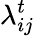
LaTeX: \lambda_{ij}^{t}